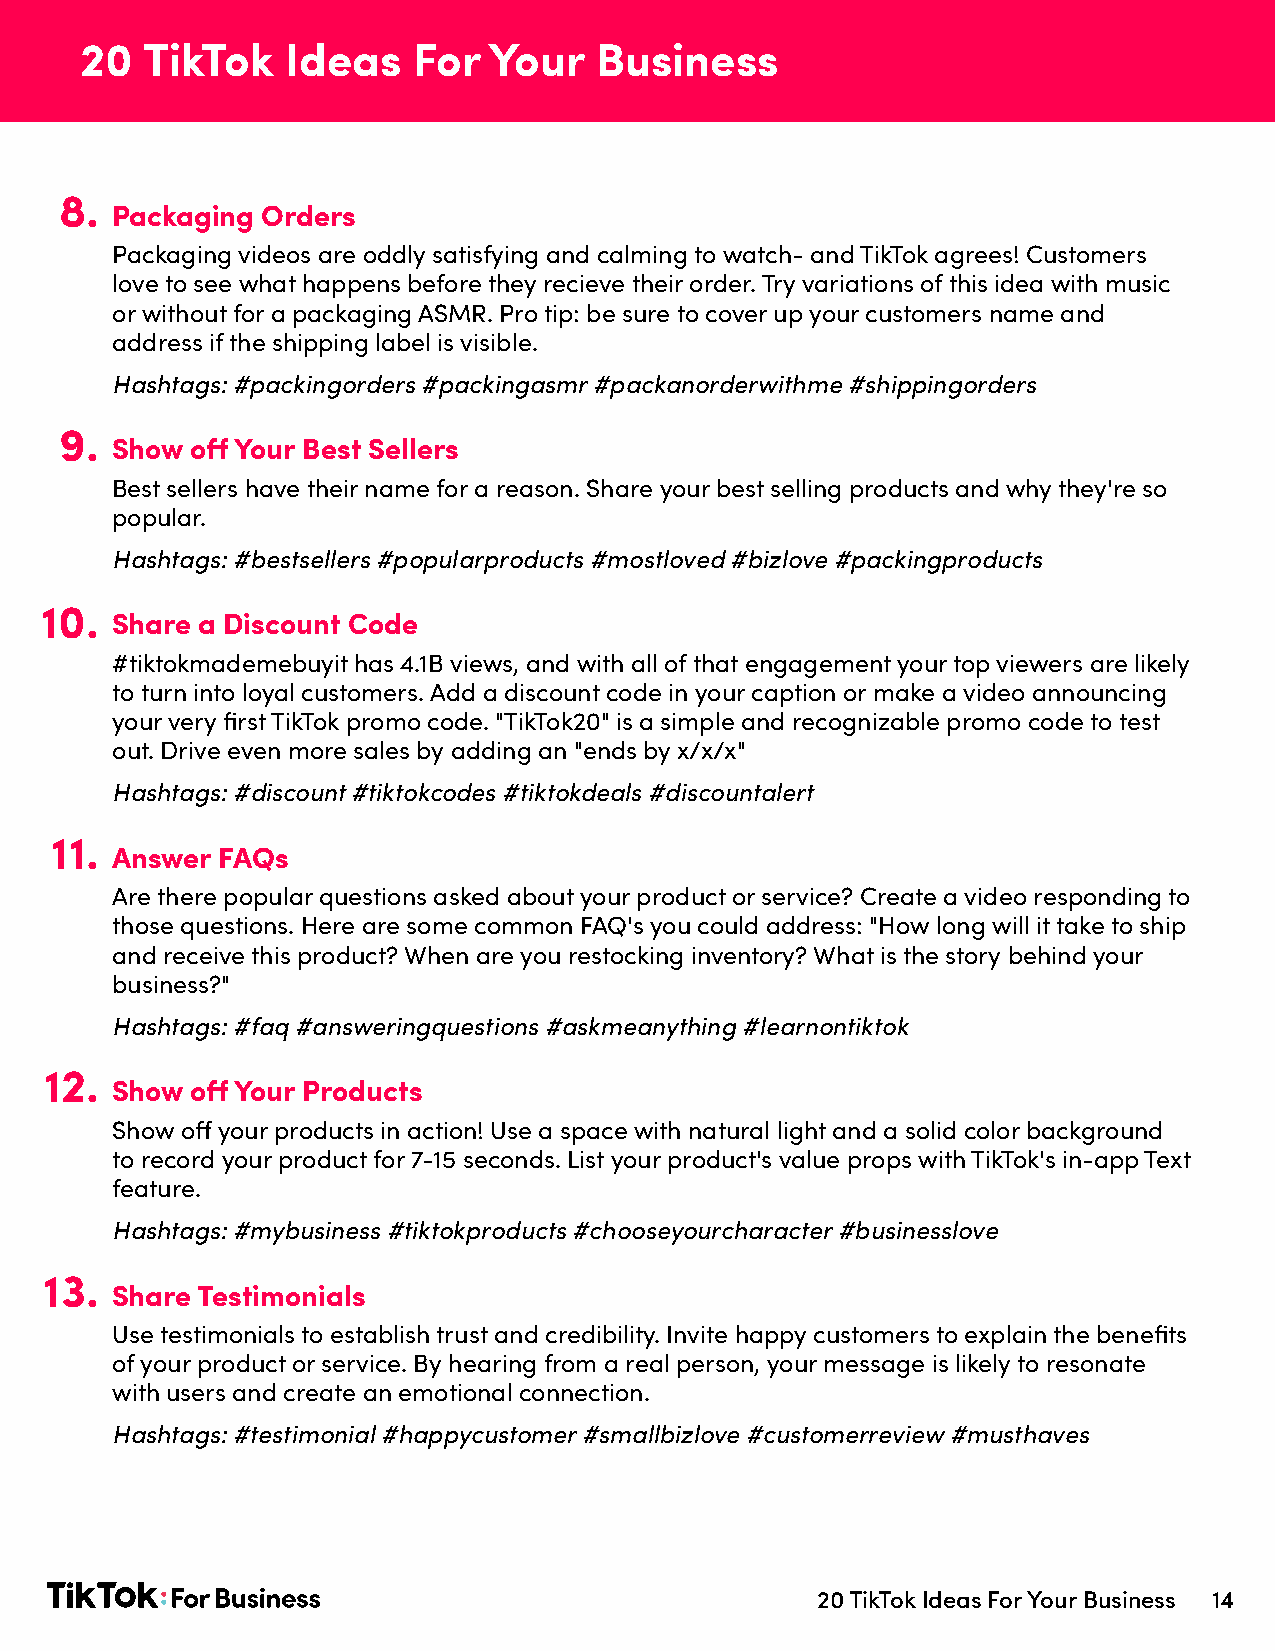
20  TikTok    Ideas   For  Your   Business
 8.
 Packaging Orders
 Packaging videos are oddly satisfying and calming to watch- and TikTok agrees! Customers
 love to see what happens before they recieve their order. Try variations of this idea with music
 or without for a packaging ASMR. Pro tip: be sure to cover up your customers name and
 address if the shipping label is visible.
 Hashtags: #packingorders #packingasmr #packanorderwithme #shippingorders
 9.
 Show  off Your Best Sellers
 Best sellers have their name for a reason. Share your best selling products and why they're so
 popular.
 Hashtags: #bestsellers #popularproducts #mostloved #bizlove #packingproducts
 10.
 Share a Discount Code
 #tiktokmademebuyit has 4.1B views, and with all of that engagement your top viewers are likely
 to turn into loyal customers. Add a discount code in your caption or make a video announcing
 your very first TikTok promo code. "TikTok20" is a simple and recognizable promo code to test
 out. Drive even more sales by adding an "ends by x/x/x"
 Hashtags: #discount #tiktokcodes #tiktokdeals #discountalert
 11.
 Answer FAQs
 Are there popular questions asked about your product or service? Create a video responding to
 those questions. Here are some common FAQ's you could address: "How long will it take to ship
 and receive this product? When are you restocking inventory? What is the story behind your
 business?"
 Hashtags: #faq #answeringquestions #askmeanything #learnontiktok
 12.
 Show  off Your Products
 Show off your products in action! Use a space with natural light and a solid color background
 to record your product for 7-15 seconds. List your product's value props with TikTok's in-app Text
 feature.
 Hashtags: #mybusiness #tiktokproducts #chooseyourcharacter #businesslove
 13.
 Share Testimonials
 Use testimonials to establish trust and credibility. Invite happy customers to explain the benefits
 of your product or service. By hearing from a real person, your message is likely to resonate
 with users and create an emotional connection.
 Hashtags: #testimonial #happycustomer #smallbizlove #customerreview #musthaves
 20 TikTok Ideas For Your Business 14